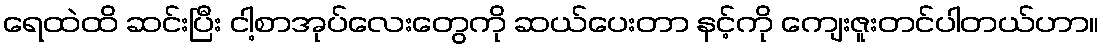
ရေထဲထိ ဆင်းပြီး ငါ့စာအုပ်လေးတွေကို ဆယ်ပေးတာ နင့်ကို ကျေးဇူးတင်ပါတယ်ဟာ။